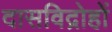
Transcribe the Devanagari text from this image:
दासविद्रोहों